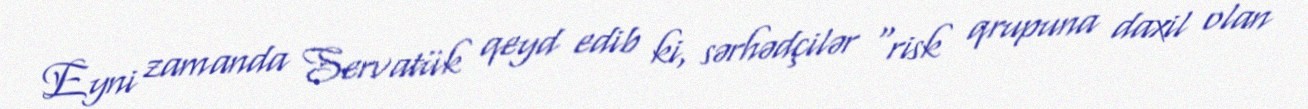
Eyni zamanda Servatük qeyd edib ki, sərhədçilər "risk qrupuna daxil olan